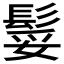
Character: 𩭏